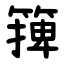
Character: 篺